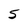
Character: 5